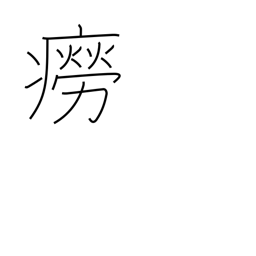
Meaning: rash